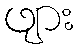
ဖျား